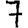
Digit: 7